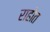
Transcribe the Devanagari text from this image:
राहोत